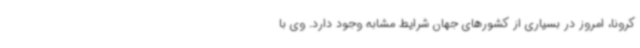
کرونا، امروز در بسیاری از کشورهای جهان شرایط مشابه وجود دارد. وی با